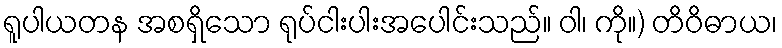
ရူပါယတန အစရှိသော ရုပ်ငါးပါးအပေါင်းသည်။ ဝါ၊ ကို။) တိဝိဓာယ၊